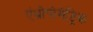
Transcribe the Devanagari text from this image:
एंथ्रोपोमेट्रिक